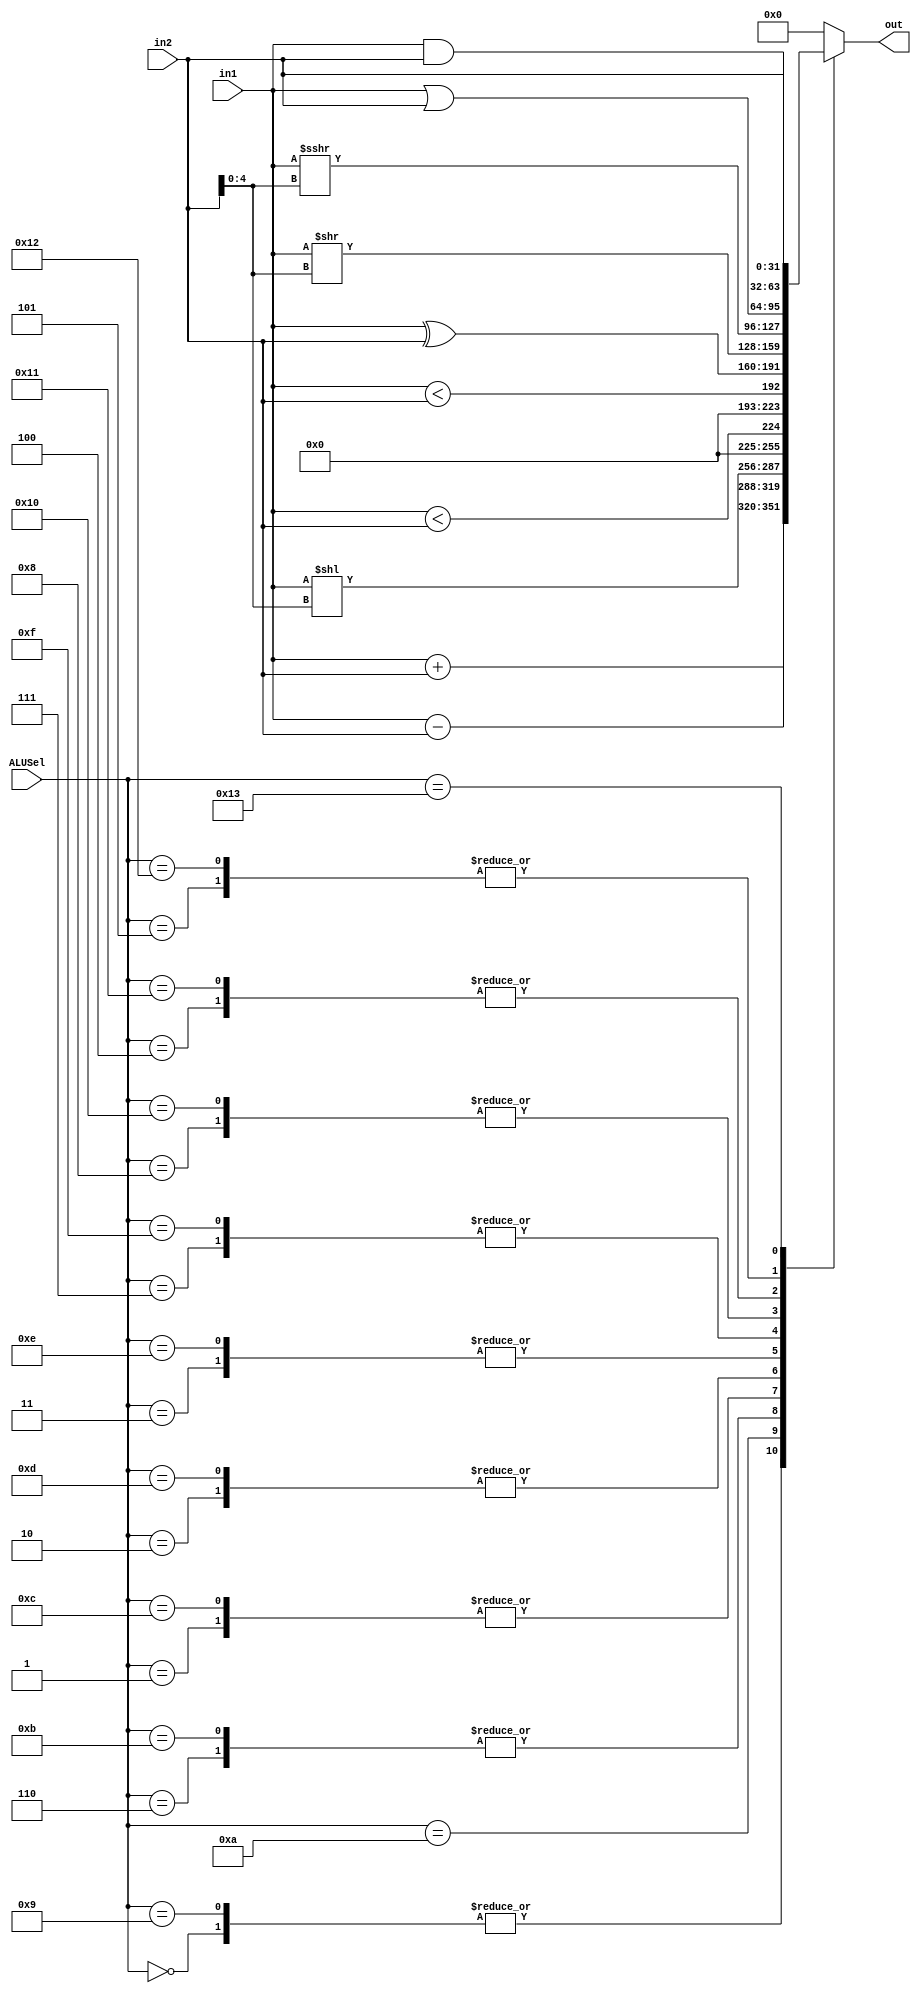
module ALU(
input [31:0] in1,in2,
input [4:0] ALUSel,
output reg [31:0]out
    );
always@(ALUSel or in1 or in2)    begin
    case (ALUSel) 
            0 : out <= in1 + in2;                                   // ADDI
			1 : out <= {{31{1'b0}}, ($signed(in1) < $signed(in2))} ;// SLTI
			2 : out <= {{31{1'b0}}, (in1 < in2)};                    // SLTIU
			3 : out <= in1 ^ in2;                                    //XORI
			4 : out <= in1 | in2;                                    // ORI
			5 : out <= in1 & in2;                                    // ANDI
			6 : out <= in1 << in2[4:0];                              // SLLI
			7 : out <= in1 >> in2[4:0];                              // SRLI
			8 : out <= $signed(in1) >>> in2[4:0];                    // SRAI
			9 : out <= in1 + in2;                                    // ADD
			10 : out <= in1 - in2;                                   // SUB
			11 : out <= in1 << in2[4:0];                             // SLL
			12 : out <= {{31{1'b0}}, ($signed(in1) < $signed(in2))}; //SLT
			13 : out <= {{31{1'b0}}, (in1 < in2)};                   // SLTU
			14 : out <= in1 ^ in2;                                   // XOR
			15 : out <= in1 >> in2[4:0];                             // SRL
			16 : out <= $signed(in1) >>> in2[4:0];                   // SRA
			17 : out <= in1 | in2;                                   // OR
			18 : out <= in1 & in2;                                   // AND
			19 : out <= in2 ;                                        // LUI 
			default: out <= 32'h00000000;
	   endcase	
    
    
    
end 

endmodule